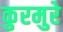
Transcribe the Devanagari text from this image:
कुरमुरे